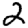
Digit: 2